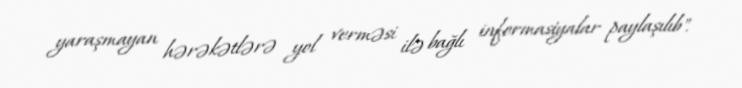
yaraşmayan hərəkətlərə yol verməsi ilə bağlı informasiyalar paylaşılıb".